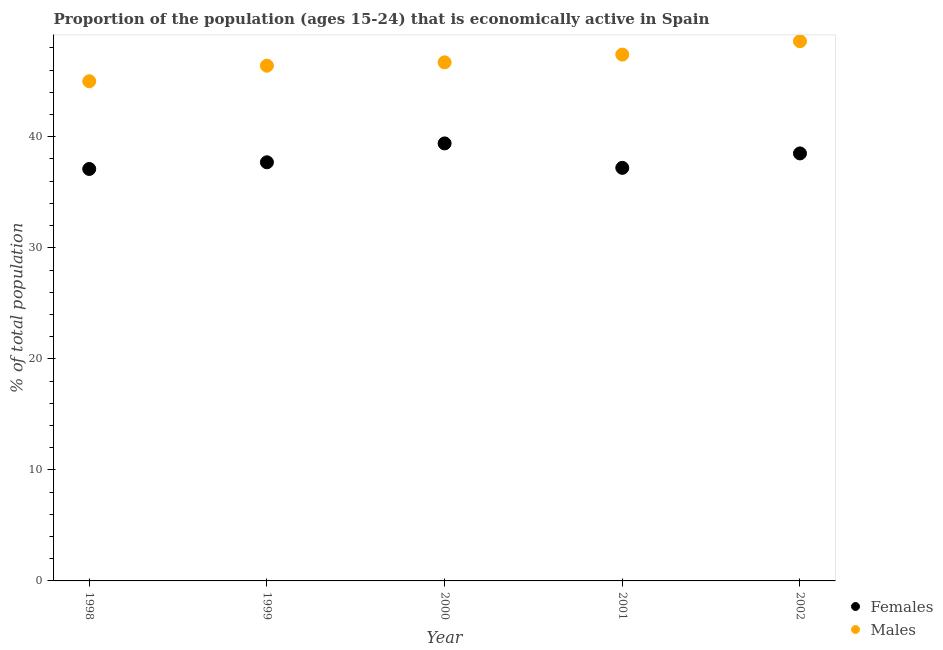
| Year | Females | Males |
 | --- | --- | --- |
 | 1998 | 37.1 | 45 |
 | 1999 | 37.7 | 46.4 |
 | 2000 | 39.4 | 46.7 |
 | 2001 | 37.2 | 47.4 |
 | 2002 | 38.5 | 48.6 |